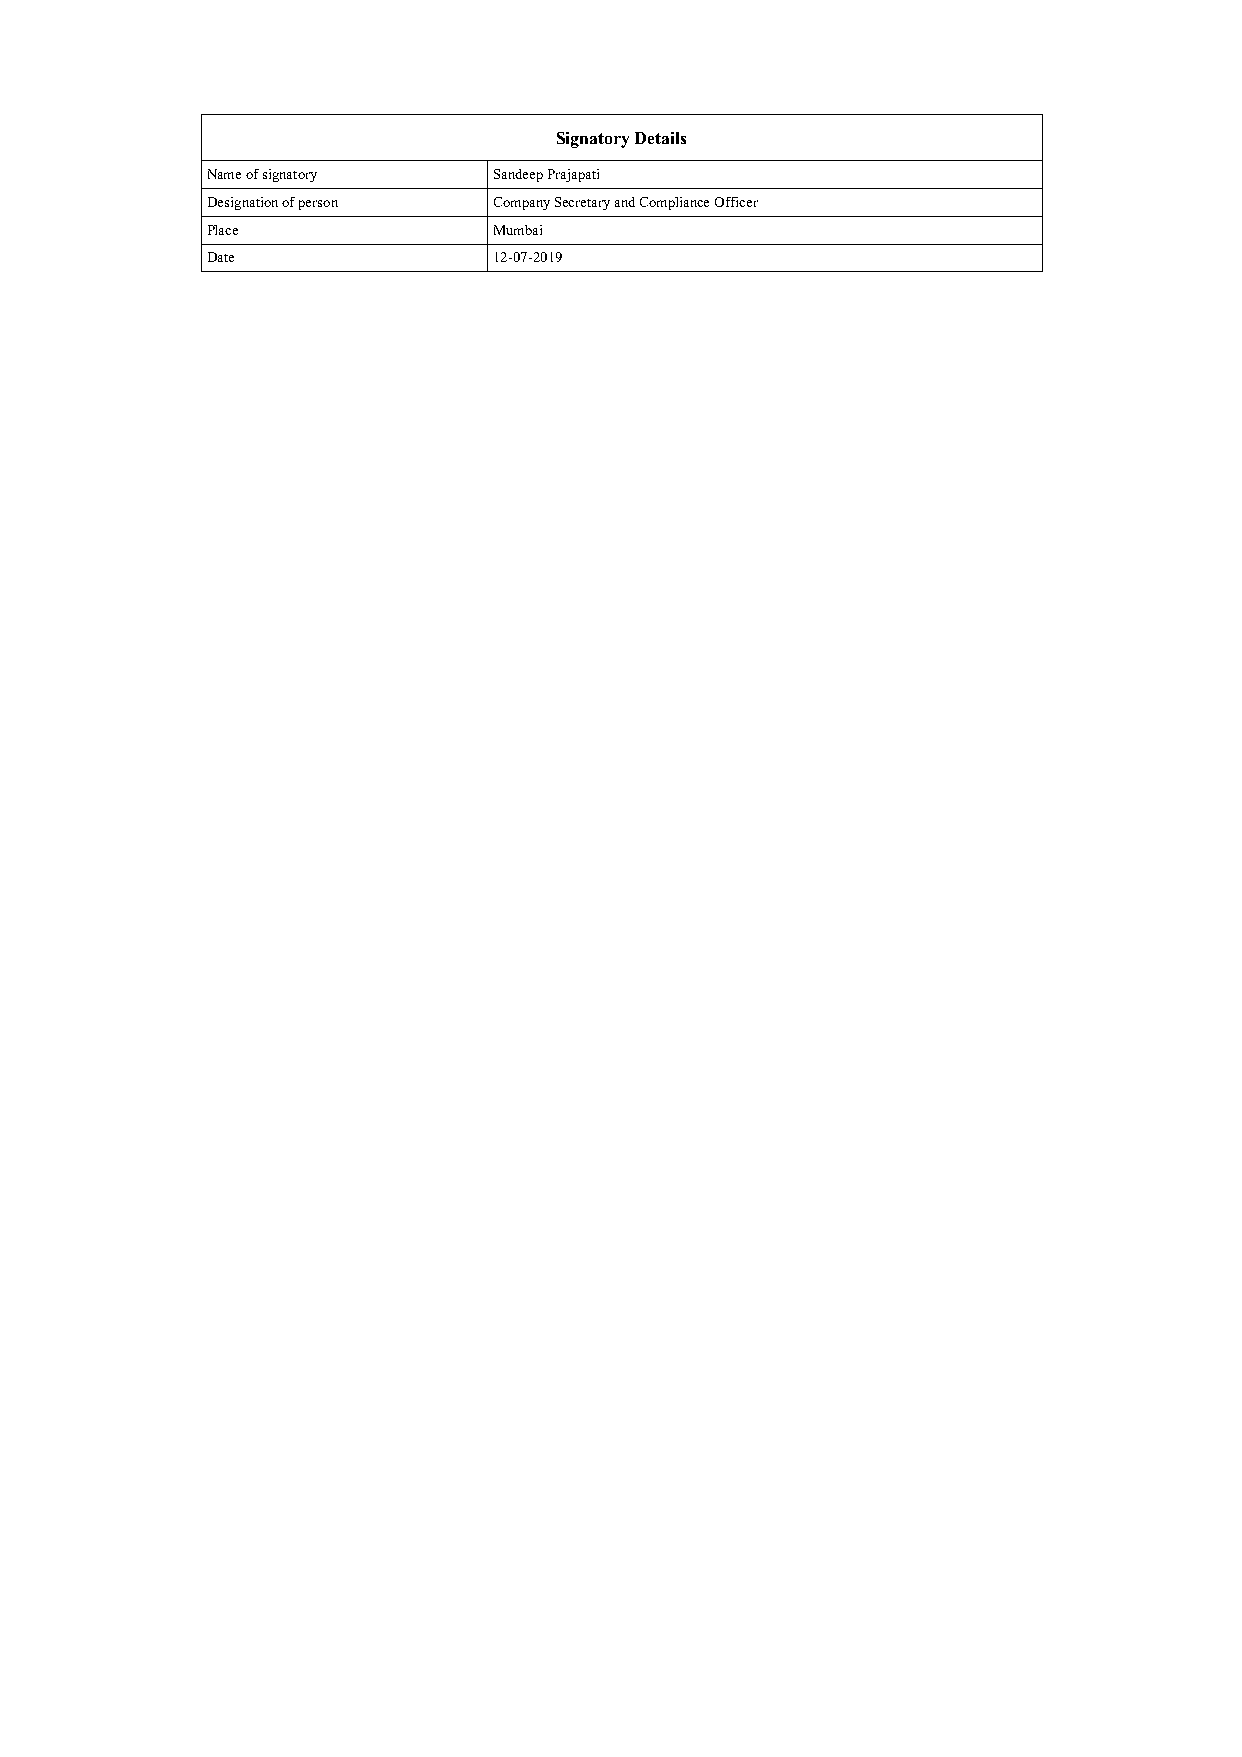
Signatory Details
 Name of signatory  Sandeep Prajapati
 Designation of person Company Secretary and Compliance Officer
 Place              Mumbai
 Date               12-07-2019